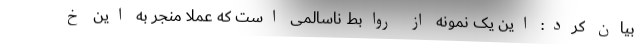
بیان کرد: این یک نمونه از روابط ناسالمی است که عملا منجر به این خ